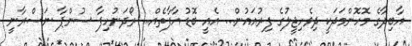
އާބިދާގެ މޮހޮންމަދަކީ ދިވެހިޖީލުގެ ފިރުއައުން... އެއީ ބޮޑު އާފާތެއް... ރޯދަނުހިފާ ސުންޕާ ނަސްރާނީ